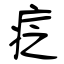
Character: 疺